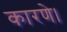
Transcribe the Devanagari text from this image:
कारणे।